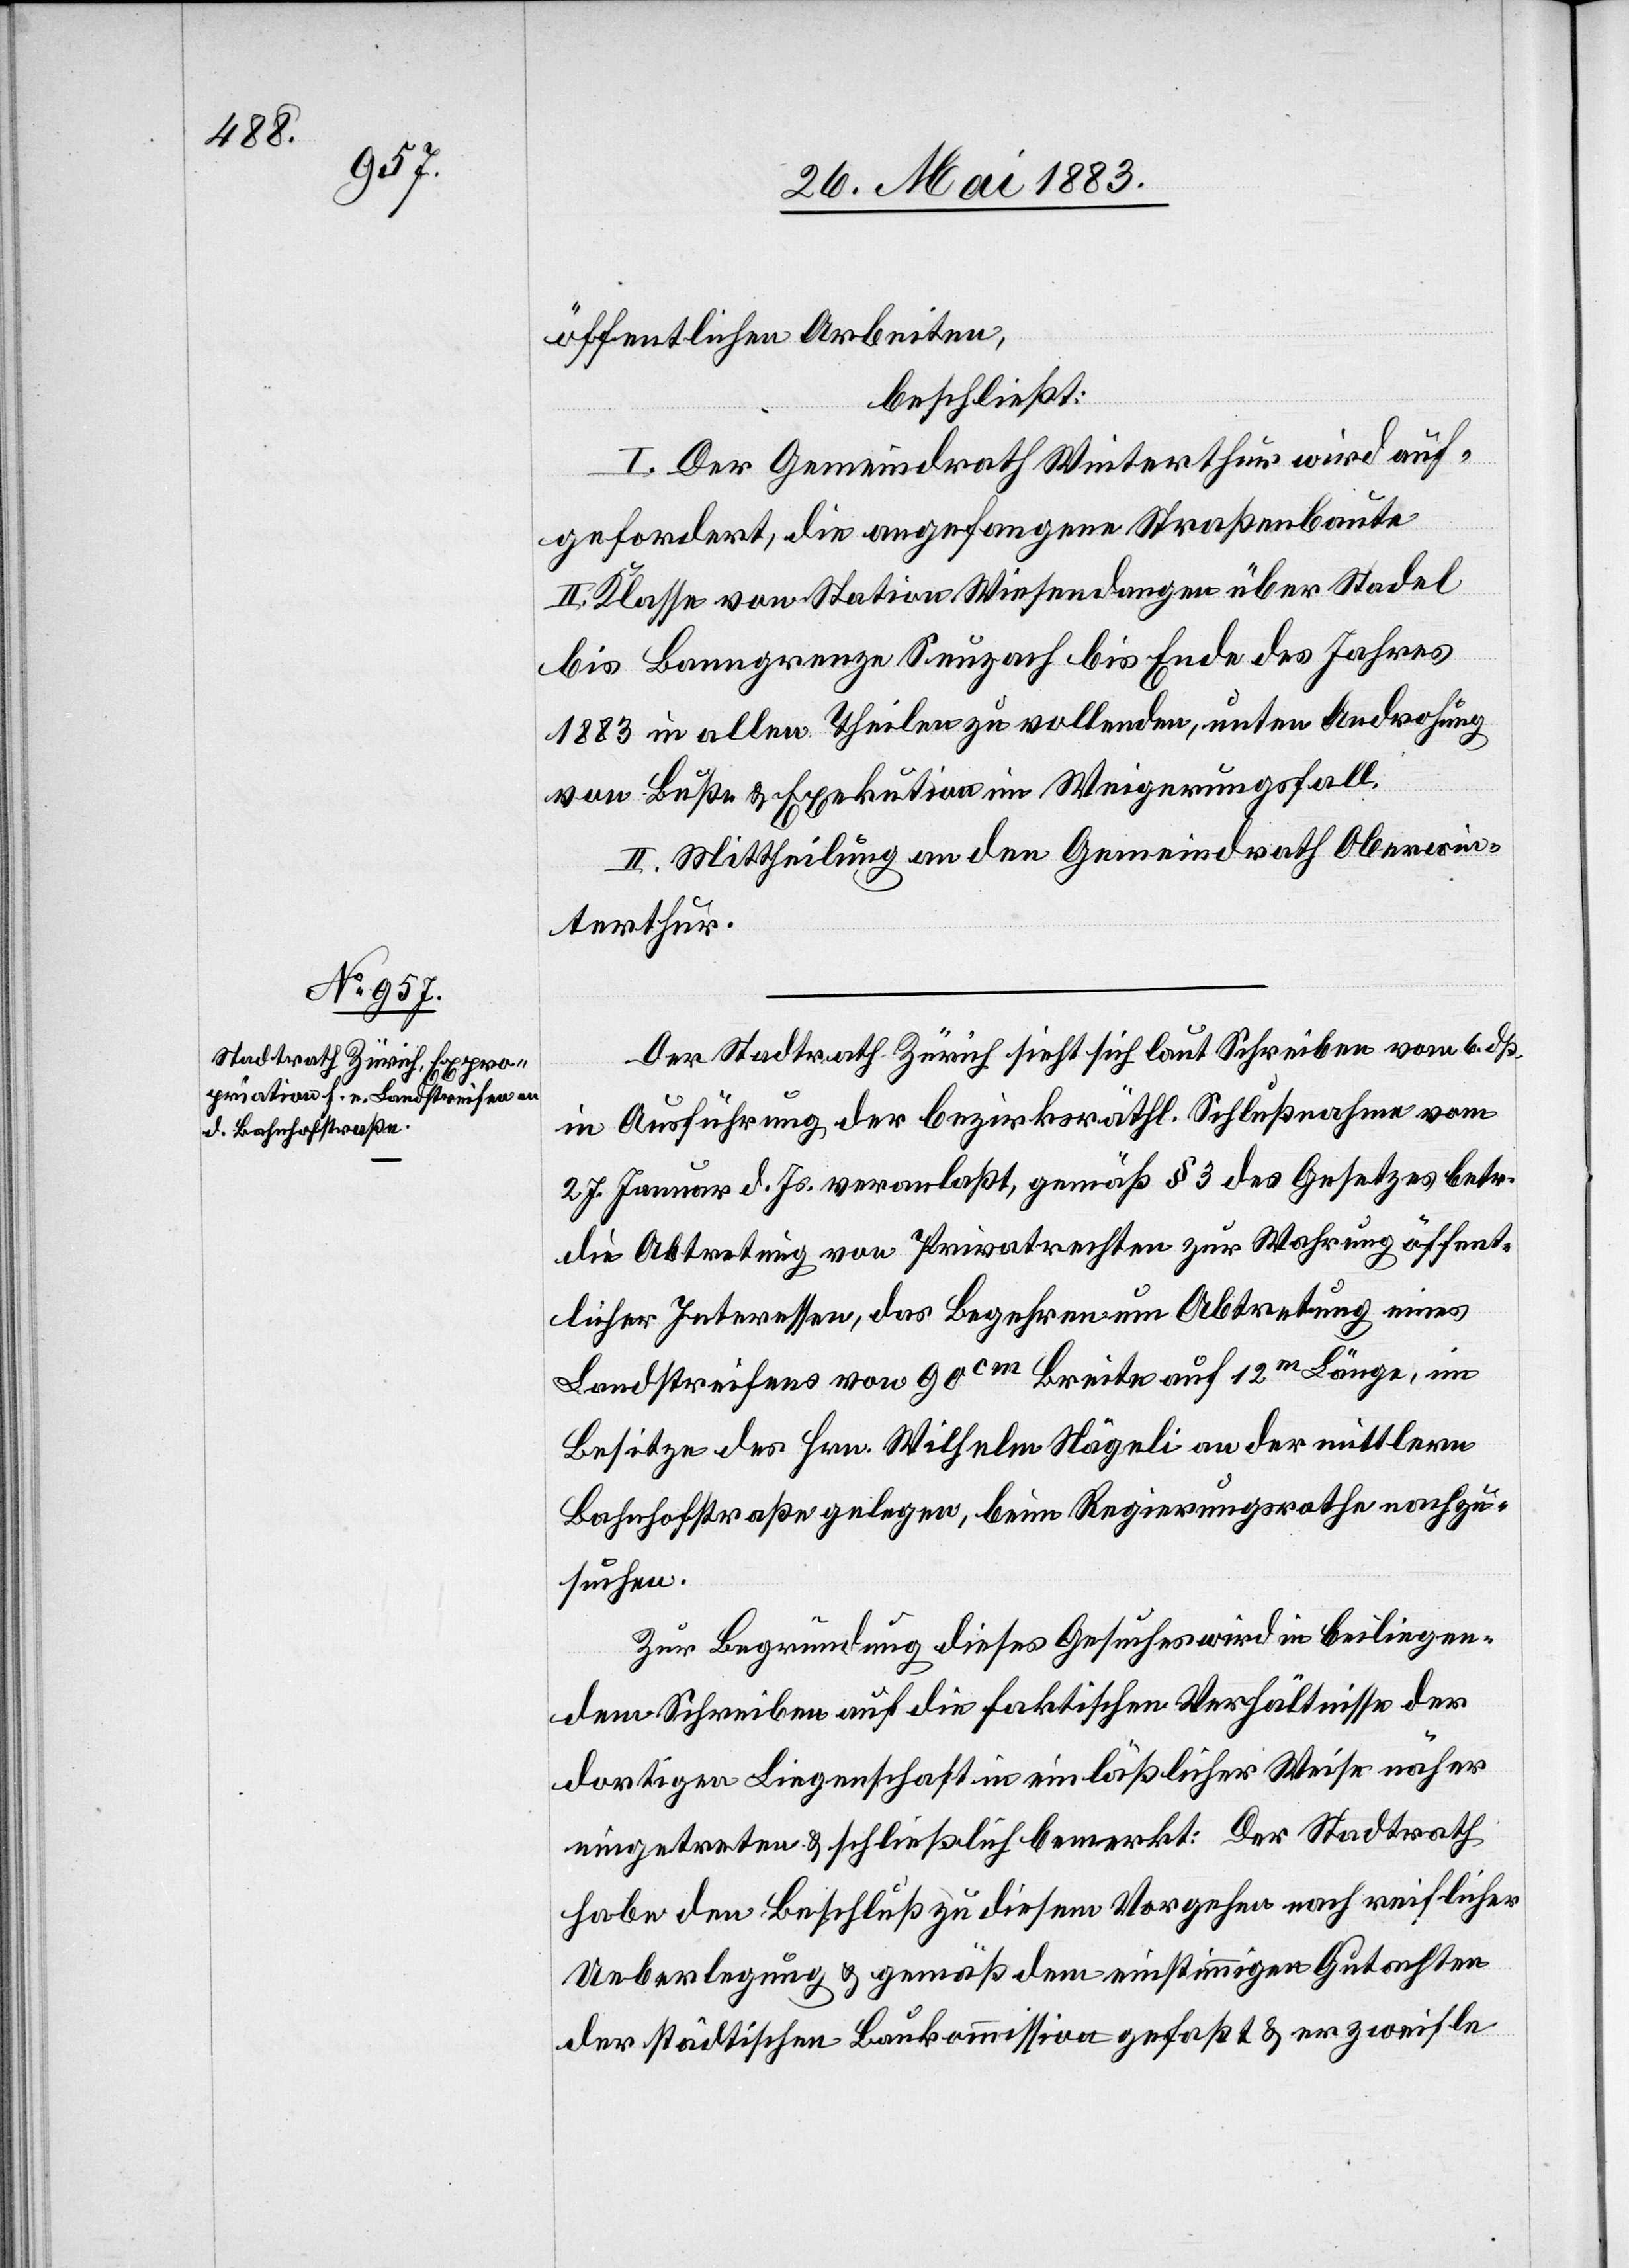
öffentlichen Arbeiten,
beschließt:
I. Der Gemeindrath Winterthur wird auf¬
gefordert, die angefangene Straßenbaute
II. Klasse von Station Wiesendangen über Stadel
bis Banngrenze Seuzach bis Ende des Jahres
1883 in allen Theilen zu vollenden, unten [sic!] Androhung
von Buße & Exekution im Weigerungsfall.
II. Mittheilung an den Gemeindrath Oberwin¬
terthur.
Der Stadtrath Zürich sieht sich laut Schreiben vom 6. dß.
in Ausführung der bezirksräthl. Schlußnahme vom
27. Januar d. Js. veranlaßt, gemäß § 3 des Gesetzes betr.
die Abtretung von Privatrechten zur Wahrung öffent¬
licher Interessen, das Begehren um Abtretung eines
Landstreifens von 90cm Breite auf 12m Länge, im
Besitze des Hrn. Wilhelm Nägeli an der mittlern
Bahnhofstraße gelegen, beim Regierungsrathe nachzu¬
suchen.
Zur Begründung dieses Gesuches wird in beiliegen¬
dem Schreiben auf die faktischen Verhältnisse der
dortigen Liegenschaft in einlässlicher Weise näher
eingetreten & schließlich bemerkt: Der Stadtrath
habe den Beschluß zu diesem Vorgehen nach reichlicher
Ueberlegung & gemäß dem einstimmigen Gutachten
der städtischen Baukommission gefaßt & er zweifle